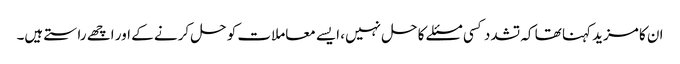
ان کا مزید کہنا تھا کہ تشدد کسی مسئلے کا حل نہیں، ایسے معاملات کو حل کرنے کے اور اچھے راستے ہیں۔